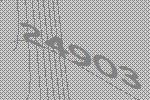
24903